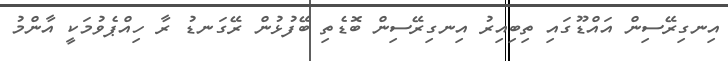
އިނގިރޭސިން އައްޑޫގައި ތިބިއިރު އިނގިރޭސިން ބޮޑެތި ބޭފުޅުން ރޭގަނޑު ރާ ހިއްޕެވުމަކީ އާންމު